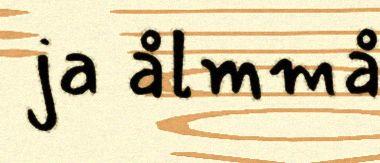
ja ålmmå